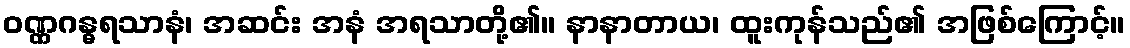
ဝဏ္ဏဂန္ဓရသာနံ၊ အဆင်း အနံ အရသာတို့၏။ နာနာတာယ၊ ထူးကုန်သည်၏ အဖြစ်ကြောင့်။